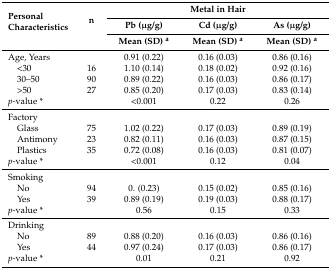
<table><thead><tr><td rowspan="3"><b>Personal Characteristics</b></td><td rowspan="3"><b>n</b></td><td colspan="3"><b>Metal in Hair</b></td></tr><tr><td><b>Pb (μg/g)</b></td><td><b>Cd (μg/g)</b></td><td><b>As (μg/g)</b></td></tr><tr><td><b>Mean (SD) <sup>a</sup></b></td><td><b>Mean (SD) <sup>a</sup></b></td><td><b>Mean (SD) <sup>a</sup></b></td></tr></thead><tbody><tr><td>Age, Years</td><td></td><td>0.91 (0.22)</td><td>0.16 (0.03)</td><td>0.86 (0.16)</td></tr><tr><td> &lt;30</td><td>16</td><td>1.10 (0.14)</td><td>0.18 (0.02)</td><td>0.92 (0.16)</td></tr><tr><td> 30–50</td><td>90</td><td>0.89 (0.22)</td><td>0.16 (0.03)</td><td>0.86 (0.17)</td></tr><tr><td> &gt;50</td><td>27</td><td>0.85 (0.20)</td><td>0.17 (0.03)</td><td>0.83 (0.14)</td></tr><tr><td colspan="2"><i>p</i>-value *</td><td>&lt;0.001</td><td>0.22</td><td>0.26</td></tr><tr><td>Factory</td><td></td><td></td><td></td></tr><tr><td> Glass</td><td>75</td><td>1.02 (0.22)</td><td>0.17 (0.03)</td><td>0.89 (0.19)</td></tr><tr><td> Antimony</td><td>23</td><td>0.82 (0.11)</td><td>0.16 (0.03)</td><td>0.87 (0.15)</td></tr><tr><td> Plastics</td><td>35</td><td>0.72 (0.08)</td><td>0.16 (0.03)</td><td>0.81 (0.07)</td></tr><tr><td colspan="2"><i>p</i>-value *</td><td>&lt;0.001</td><td>0.12</td><td>0.04</td></tr><tr><td>Smoking</td><td></td><td></td><td></td></tr><tr><td> No</td><td>94</td><td>0. (0.23)</td><td>0.15 (0.02)</td><td>0.85 (0.16)</td></tr><tr><td> Yes</td><td>39</td><td>0.89 (0.19)</td><td>0.19 (0.03)</td><td>0.88 (0.17)</td></tr><tr><td colspan="2"><i>p</i>-value *</td><td>0.56</td><td>0.15</td><td>0.33</td></tr><tr><td>Drinking</td><td></td><td></td><td></td></tr><tr><td> No</td><td>89</td><td>0.88 (0.20)</td><td>0.16 (0.03)</td><td>0.86 (0.16)</td></tr><tr><td> Yes</td><td>44</td><td>0.97 (0.24)</td><td>0.17 (0.03)</td><td>0.86 (0.17)</td></tr><tr><td colspan="2"><i>p</i>-value *</td><td>0.01</td><td>0.21</td><td>0.92</td></tr></tbody></table>